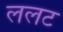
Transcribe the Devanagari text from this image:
ललट